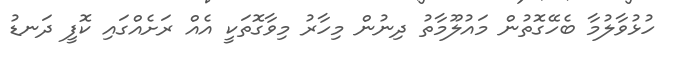
ހުޅުވާލުމާ ބެހޭގޮތުން މައުލޫމާތު ދިނުން މިހާރު މިވާގޮތަކީ އެއް ރަށެއްގައި ކޮފީ ދަނޑު